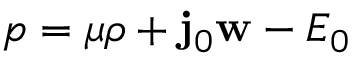
p = \mu \rho + \ensuremath { \mathbf { j } _ { 0 } } \ensuremath { \mathbf { w } } - E _ { 0 }